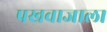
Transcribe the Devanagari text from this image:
पखवाजाला